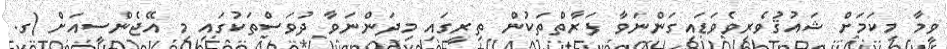
ވީމާ މިކަމަށް ޝައުޤުވެރިވެވަޑައިގަންނަވާ ފަރާތްތަކުން ތިރީގައި މިދަންނަވާ ދުވަސްތަކުގައި މި އޭޖެންސީއަށް (ގ.